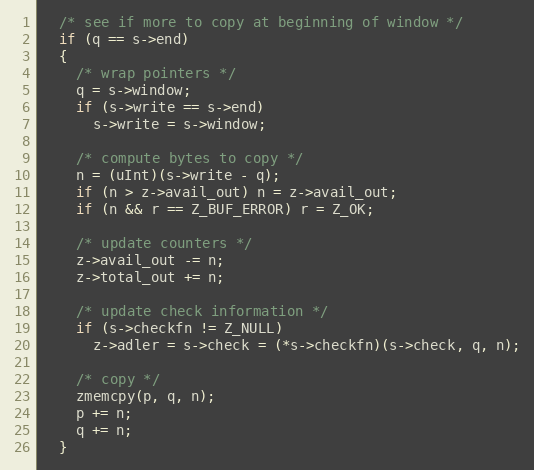
Language: C
  /* see if more to copy at beginning of window */
  if (q == s->end)
  {
    /* wrap pointers */
    q = s->window;
    if (s->write == s->end)
      s->write = s->window;

    /* compute bytes to copy */
    n = (uInt)(s->write - q);
    if (n > z->avail_out) n = z->avail_out;
    if (n && r == Z_BUF_ERROR) r = Z_OK;

    /* update counters */
    z->avail_out -= n;
    z->total_out += n;

    /* update check information */
    if (s->checkfn != Z_NULL)
      z->adler = s->check = (*s->checkfn)(s->check, q, n);

    /* copy */
    zmemcpy(p, q, n);
    p += n;
    q += n;
  }